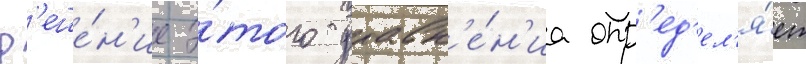
Р'еше́н'ие э́того уравн'е́н'иа опр'ед'ел'я́ет